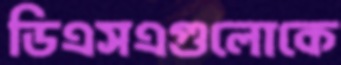
ডিএসএগুলোকে